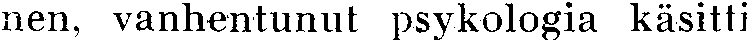
nen, vanhentunut psykologia käsitti